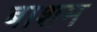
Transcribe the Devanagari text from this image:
बाशम